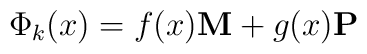
\Phi_k (x) = f(x) {\bf M} + g(x) {\bf P}